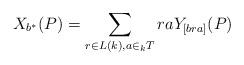
LaTeX: \begin{align*} X_{b^{\ast}}(P)=\displaystyle \sum_{r \in L(k), a \in _{k}T} raY_{[bra]}(P)\end{align*}